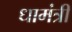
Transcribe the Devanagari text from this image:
धामंत्री